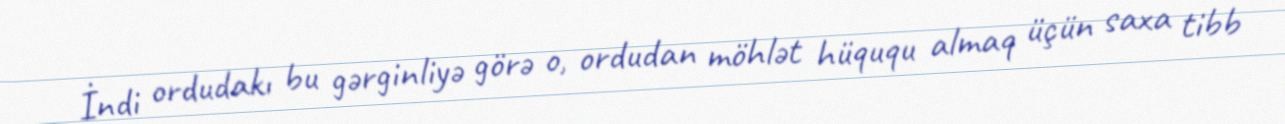
İndi ordudakı bu gərginliyə görə o, ordudan möhlət hüququ almaq üçün saxa tibb